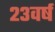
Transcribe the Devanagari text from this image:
२३वर्ष